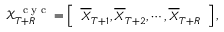
\mathcal X _ { T + R } ^ { \mathrm { ~ \scriptsize ~ c ~ y ~ c ~ } } = \left[ \begin{array} { l } { \overline { { \boldsymbol X } } _ { T + 1 } , \overline { { \boldsymbol X } } _ { T + 2 } , \cdots , \overline { { \boldsymbol X } } _ { T + R } } \end{array} \right] ,